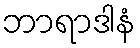
ဘာရာဒါနံ